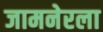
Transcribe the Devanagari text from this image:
जामनेरला